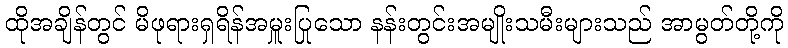
ထိုအချိန်တွင် မိဖုရားရှရိန်အမှူးပြုသော နန်းတွင်းအမျိုးသမီးများသည် အာမွတ်တို့ကို